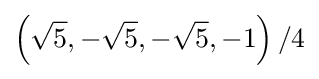
\left({\sqrt {5}},-{\sqrt {5}},-{\sqrt {5}},-1\right)/4